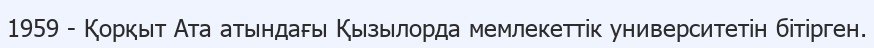
1959 - Қорқыт Ата атындағы Қызылорда мемлекеттік университетін бітірген.